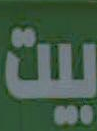
بيت